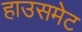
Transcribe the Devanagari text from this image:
हाउसमेट